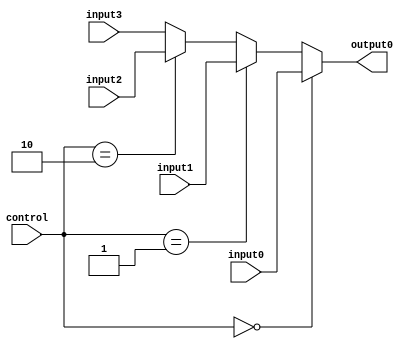
`timescale 1ns / 1ps
//////////////////////////////////////////////////////////////////////////////////
// Company: 
// Engineer: 
// 
// Design Name: 
// Module Name:    MUX4to1_1bit 
// Project Name: 
// Target Devices: 
// Tool versions: 
// Description: 
//
// Dependencies: 
//
// Revision: 
// Revision 0.01 - File Created
// Additional Comments: 
//
//////////////////////////////////////////////////////////////////////////////////
module MUX4to1_1bit(input0,input1,input2,input3,output0,control);
	input input0,input1,input2,input3;
	output output0;
	input[1:0] control;
	
	assign output0 = (control == 2'b00)? input0 :
						  (control == 2'b01)? input1 :
						  (control == 2'b10)? input2 : input3;
endmodule